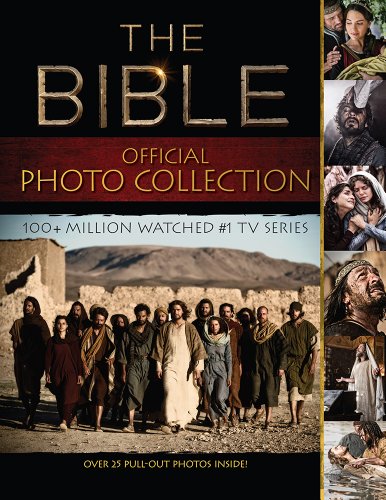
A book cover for The Bible (TV Series) Photo Collection; BrownTrout; Calendars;